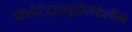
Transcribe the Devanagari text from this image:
पॉलीटेट्राफ्लूरोएथिलीन